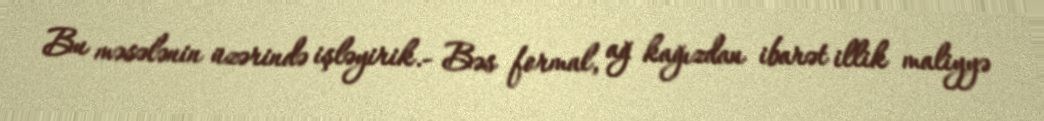
Bu məsələnin üzərində işləyirik.- Bəs formal, ağ kağızdan ibarət illik maliyyə